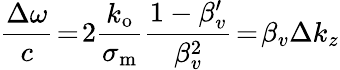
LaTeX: \frac{\Delta\omega}{c}\! =\! 2\frac{k_{\mathrm{o}}}{\sigma_{\mathrm{m}}}\frac{1-\beta_{v}^{\prime}}{\beta_{v}^{2}}\! =\! \beta_{v}\Delta k_{z}